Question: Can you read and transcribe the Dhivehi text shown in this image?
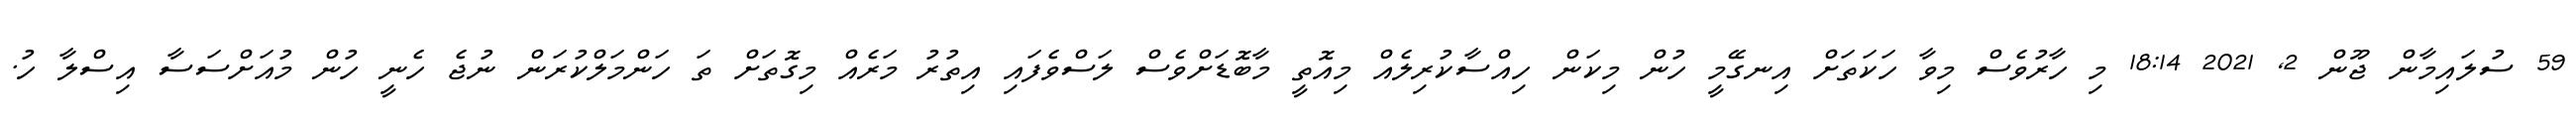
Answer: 59 ސުލައިމާން ޖޫން 2, 2021 18:14 މި ހާރުވެސް މިވާ ހަކަތަށް އިނގޭމީ ހުން މިކަން ހިއްސާކުރިލެއް މިއޮތީ މާބޮޑަށްވެސް ލަސްވެފައި އިތުރު މަރެއް މިގޮތަށް ތަ ހަންމަލްކުރަން ނުޖެ ހެނީ ހުން މުއަށްސަސާ އިސްލާ ހު.